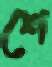
শে